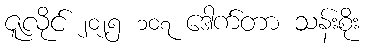
ဇူလိုင် ၂၀၂၅ ၁၀၇ ဒေါက်တာ သန်းစိုး